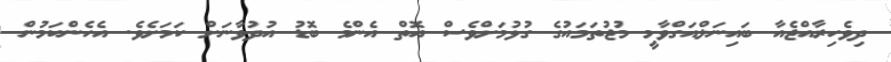
ދިވެހިރާއްޖެއާ ބައިނަލްއަގްވާމީ މުޖުތަމައުގެ ގުޅުމަށްވެސް އޮތް އެންމެ ބޮޑު އުދުވާނަށް ކަމަށެވެ. އެހެންކަމުން